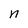
Character: n